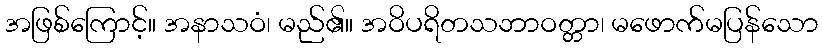
အဖြစ်ကြောင့်။ အနာသဝံ၊ မည်၏။ အဝိပရိတသဘာဝတ္တာ၊ မဖောက်မပြန်သော